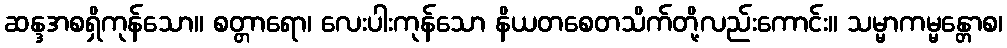
ဆန္ဒအစရှိကုန်သော။ စတ္တာရော၊ လေးပါးကုန်သော နိယတစေတသိက်တို့လည်းကောင်း။ သမ္မာကမ္မန္တောစ၊